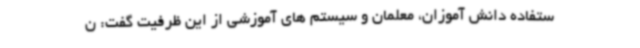
ستفاده دانش آموزان، معلمان و سیستم های آموزشی از این ظرفیت گفت: ن